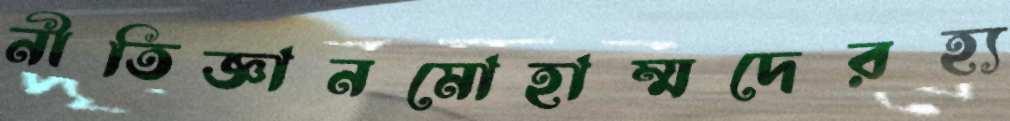
নীতিজ্ঞানমোহাম্মদেরহ্য